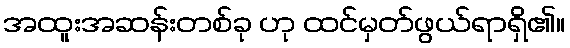
အထူးအဆန်းတစ်ခု ဟု ထင်မှတ်ဖွယ်ရာရှိ၏။